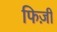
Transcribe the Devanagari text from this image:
फिज़ी